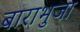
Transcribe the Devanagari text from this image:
बाराभुजा